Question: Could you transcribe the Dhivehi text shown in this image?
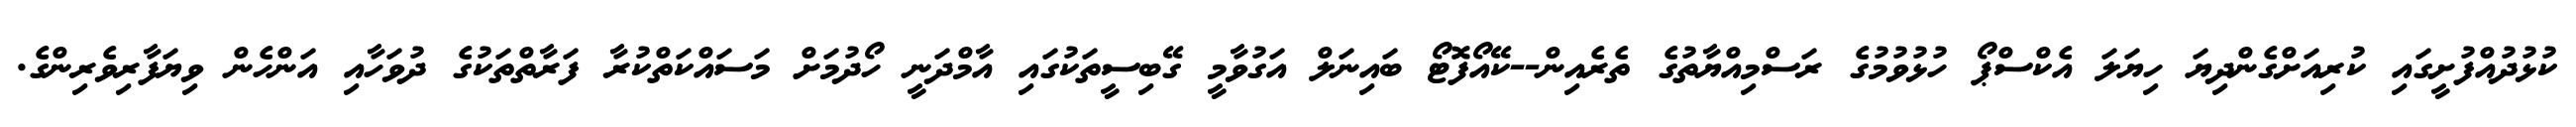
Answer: ކުޅުދުއްފުށީގައި ކުރިއަށްގެންދިޔަ ހިޔަލަ އެކްސްޕޯ ހުޅުވުމުގެ ރަސްމިއްޔާތުގެ ތެރެއިން--ކޭއޯފޮޓޯ ބައިނަލް އަގުވާމީ ގޭބިސީތަކުގައި އާމްދަނީ ހޯދުމަށް މަސައްކަތްކުރާ ފަރާތްތަކުގެ ދުވަހާއި އަންހެން ވިޔަފާރިވެރިންގެ.